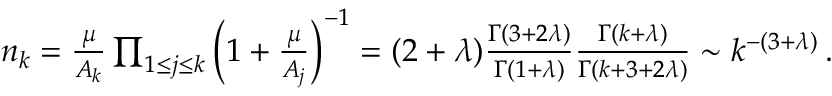
\begin{array} { r } { n _ { k } = \frac { \mu } { A _ { k } } \prod _ { 1 \leq j \leq k } \left( 1 + \frac { \mu } { A _ { j } } \right) ^ { - 1 } = ( 2 + \lambda ) \frac { \Gamma ( 3 + 2 \lambda ) } { \Gamma ( 1 + \lambda ) } \frac { \Gamma ( k + \lambda ) } { \Gamma ( k + 3 + 2 \lambda ) } \sim k ^ { - ( 3 + \lambda ) } \, . } \end{array}